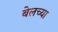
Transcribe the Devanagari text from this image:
बेलच्या